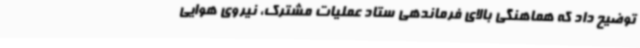
توضیح داد که هماهنگی بالای فرماندهی ستاد عملیات مشترک، نیروی هوایی